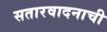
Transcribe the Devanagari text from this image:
सतारवादनाची